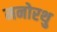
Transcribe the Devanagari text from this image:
मनोरथु